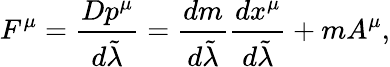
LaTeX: F^{\mu}={\frac{Dp^{\mu}}{d\tilde{\lambda}}}={\frac{dm}{d\tilde{\lambda}}}{\frac{dx^{\mu}}{d\tilde{\lambda}}}+mA^{\mu},